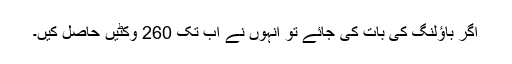
اگر باؤلنگ کی بات کی جائے تو انہوں نے اب تک 260 وکٹیں حاصل کیں۔